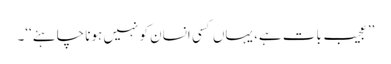
’’عجیب بات ہے، یہاں کسی انسان کو نہیں ہونا چاہئے‘‘۔